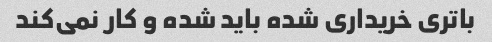
باتری خریداری شده باید شده و کار نمی‌کند